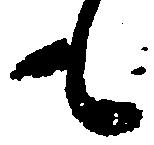
も